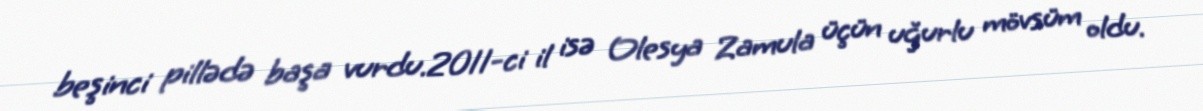
beşinci pillədə başa vurdu.2011-ci il isə Olesya Zamula üçün uğurlu mövsüm oldu.